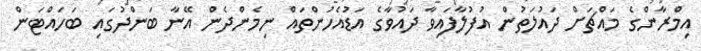
އިމްރާންގެ މައްޗަށް ދައުލަތުން އުފުލާފައިވާ ދައުވާގެ އަޑުއެހުންތައް ނިމެންދެން އޭނާ ބަންދުގައި ބަހައްޓަން